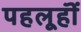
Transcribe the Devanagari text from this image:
पहलूहॊं